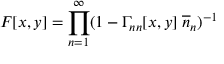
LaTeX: F [ x , y ] = \prod _ { n = 1 } ^ { \infty } ( 1 - \Gamma _ { n n } [ x , y ] \; \overline { { { n } } } _ { n } ) ^ { - 1 }